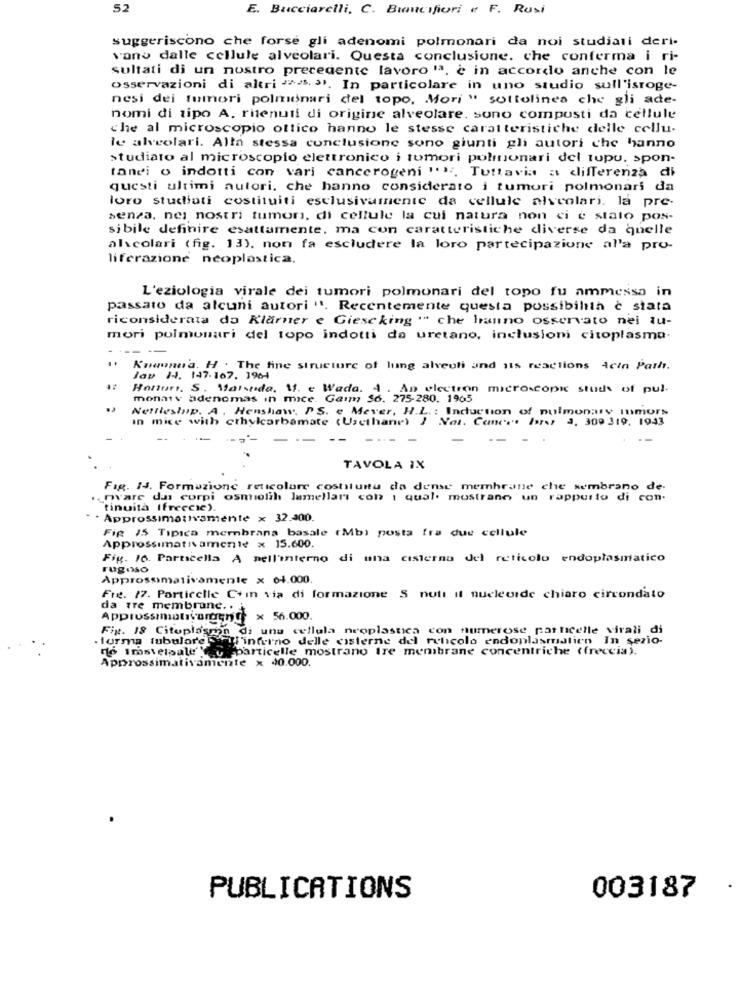
52
E. Bucciarelli, C. Biancofiori e F. Rusi
suggeriscono che forse gli adenomi polmonari da noi studiati deri-
vans dalle cellule alveolari. Questa conclusione. che conferma i ri-
sultati di un nostro precedente lavoro la, è in accordo anche con le
osservazioni di altri >>> >. In particolare in uno studio sull'isroge-
nesi dei tumori polmonari del topo. Mori " sottolinea che gli ade-
nomi di tipo A. ritenuti di origine alveolare. sono composti da cellule
che al microscopio ottico hanno le stesse caratteristiche delle cellu-
le alveolari. Alla stessa conclusione sono giunti gli autori che hanno
studiato al microscopio elettronico i tumori polmonari del tupu. spon-
tanei o indotti con vari cancerogeni "". Tuttavia a differenza di
questi ultimi autori, che hanno considerato i tumori polmonari da
loro studiati costituiti esclusivamente da cellule alscolari. la pre-
senza, nei nostri tumors, di cellule la cui natura non ci è stato pos-
sibile definire esattamente, ma con caratteristiche diverse da quelle
alscolari ( fig. 13). non fa escludere la loro partecipazione al'a pro-
liferazione neoplastica.
L'eziologia virale dei tumori polmonari del topo fu ammessa in
passato da alcuni autori "1. Recentemente questa possibilità è stata
riconsiderata da Klarner e Giescking . che hanno osservato nei tu-
mori polmonari del topo indotti da uretano, inclusioni citoplasma.
--- --
Kuannea. H . The fine structure of lung alveoli and its reactions Acin Parh.
Jap 144, 147-167. 1964
Hattori. S. Maisnde, 1. e Wada. 4 . An electron microscopic studs of pul-
monate adenomas in mice. Gaim 56. 275-280. 1965
Nettleship. A. Henshaw, PS. e Meyer, H.L. : Induction of pulmonary inmors
In mice with ethylcarbamate (Uscthane) } Not. Cances hors, 3, 309 319, 1943
TAVOLA IX
Fig. 14. Formazione reticolare costituita da dense membrane che sembrano de-
nvare das corpi osmolih lamellari con 1 qual. mostrano un rapporto di con.
tinuità (freccie).
Approssimativamente x 32.400.
Fig 15 Tipica membrana basale (Mb) posta fra due cellule
Approssimativamente x 15.600.
Fig. 16. Particella A nell'interno di una cisterna del reticolo endoplasmatico
rugisso
Approssimativamente x 64.000.
Fre. 17. Particelle C+in via di formazione S nutt Il nucleorde chiaro circondato
da tre membrane ..
Approssimaliyorgente x 56.000.
Fig. 18 Citoplasma di una cellula neoplastica con numerose parncelle virali di
.forma tubuloreETl'inferno delle cisterne del reticolo endoplasmatien In sezio-
né imsvelpale'\ u particelle mostrano Ire membrane concentriche (freccia).
Approssimativamente x 40.000.
PUBLICATIONS
003187